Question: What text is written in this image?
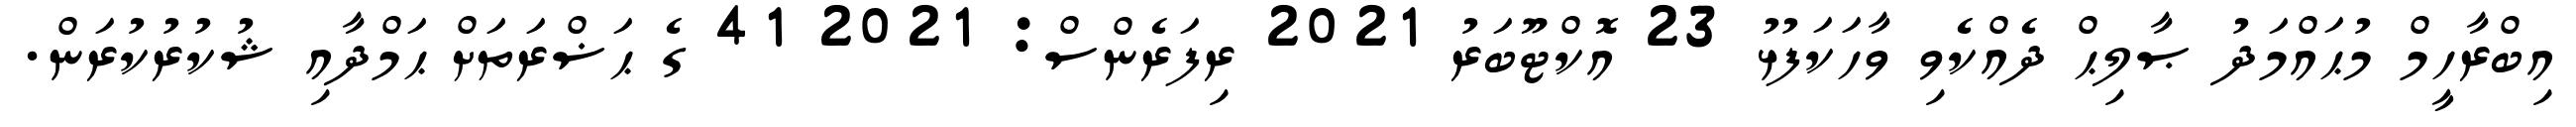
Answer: އިބްރާހީމް މުޙައްމަދު ޞާލިޙް ދެއްކެވި ވާހަކަފުޅު 23 އޮކްޓޫބަރު 2021 ރިފަރެންސް: 2021 41 ގެ ޙަޟްރަތަށް ޙަމްދާއި ޝުކުރުކުރަން.